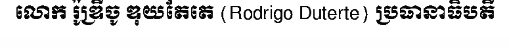
លោក រ៉ូឌ្រីចូ ឌុយតែតេ (Rodrigo Duterte) ប្រធានាធិបតី